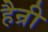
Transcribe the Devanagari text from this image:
हैन्री